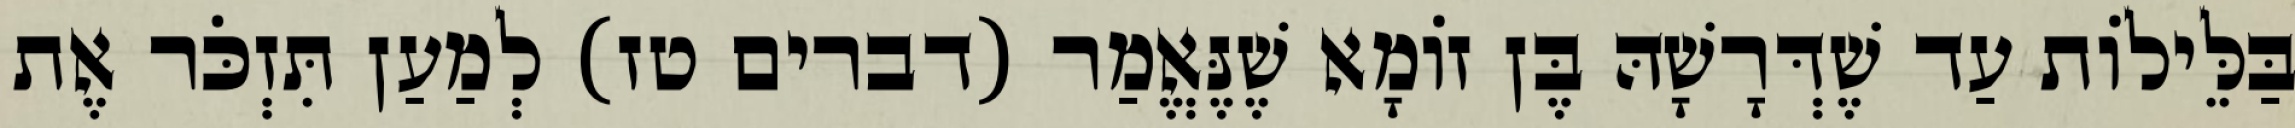
בַּלֵּילוֹת עַד שֶׁדְּרָשָׁהּ בֶּן זוֹמָא שֶׁנֶּאֱמַר (דברים טז) לְמַעַן תִּזְכֹּר אֶת